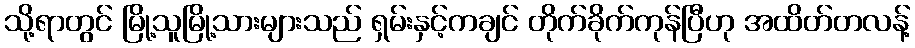
သို့ရာတွင် မြို့သူမြို့သားများသည် ရှမ်းနှင့်ကချင် တိုက်ခိုက်ကုန်ပြီဟု အထိတ်တလန့်